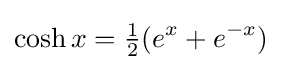
\cosh x={\tfrac {1}{2}}(e^{x}+e^{-x})